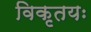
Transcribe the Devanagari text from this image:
विकृतयः